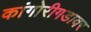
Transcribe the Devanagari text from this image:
कांगोरीगडावर